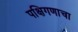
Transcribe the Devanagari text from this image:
पक्षिगणाचा